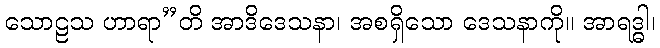
သောဠသ ဟာရာ”တိ အာဒိဒေသနာ၊ အစရှိသော ဒေသနာကို။ အာရဒ္ဓါ၊